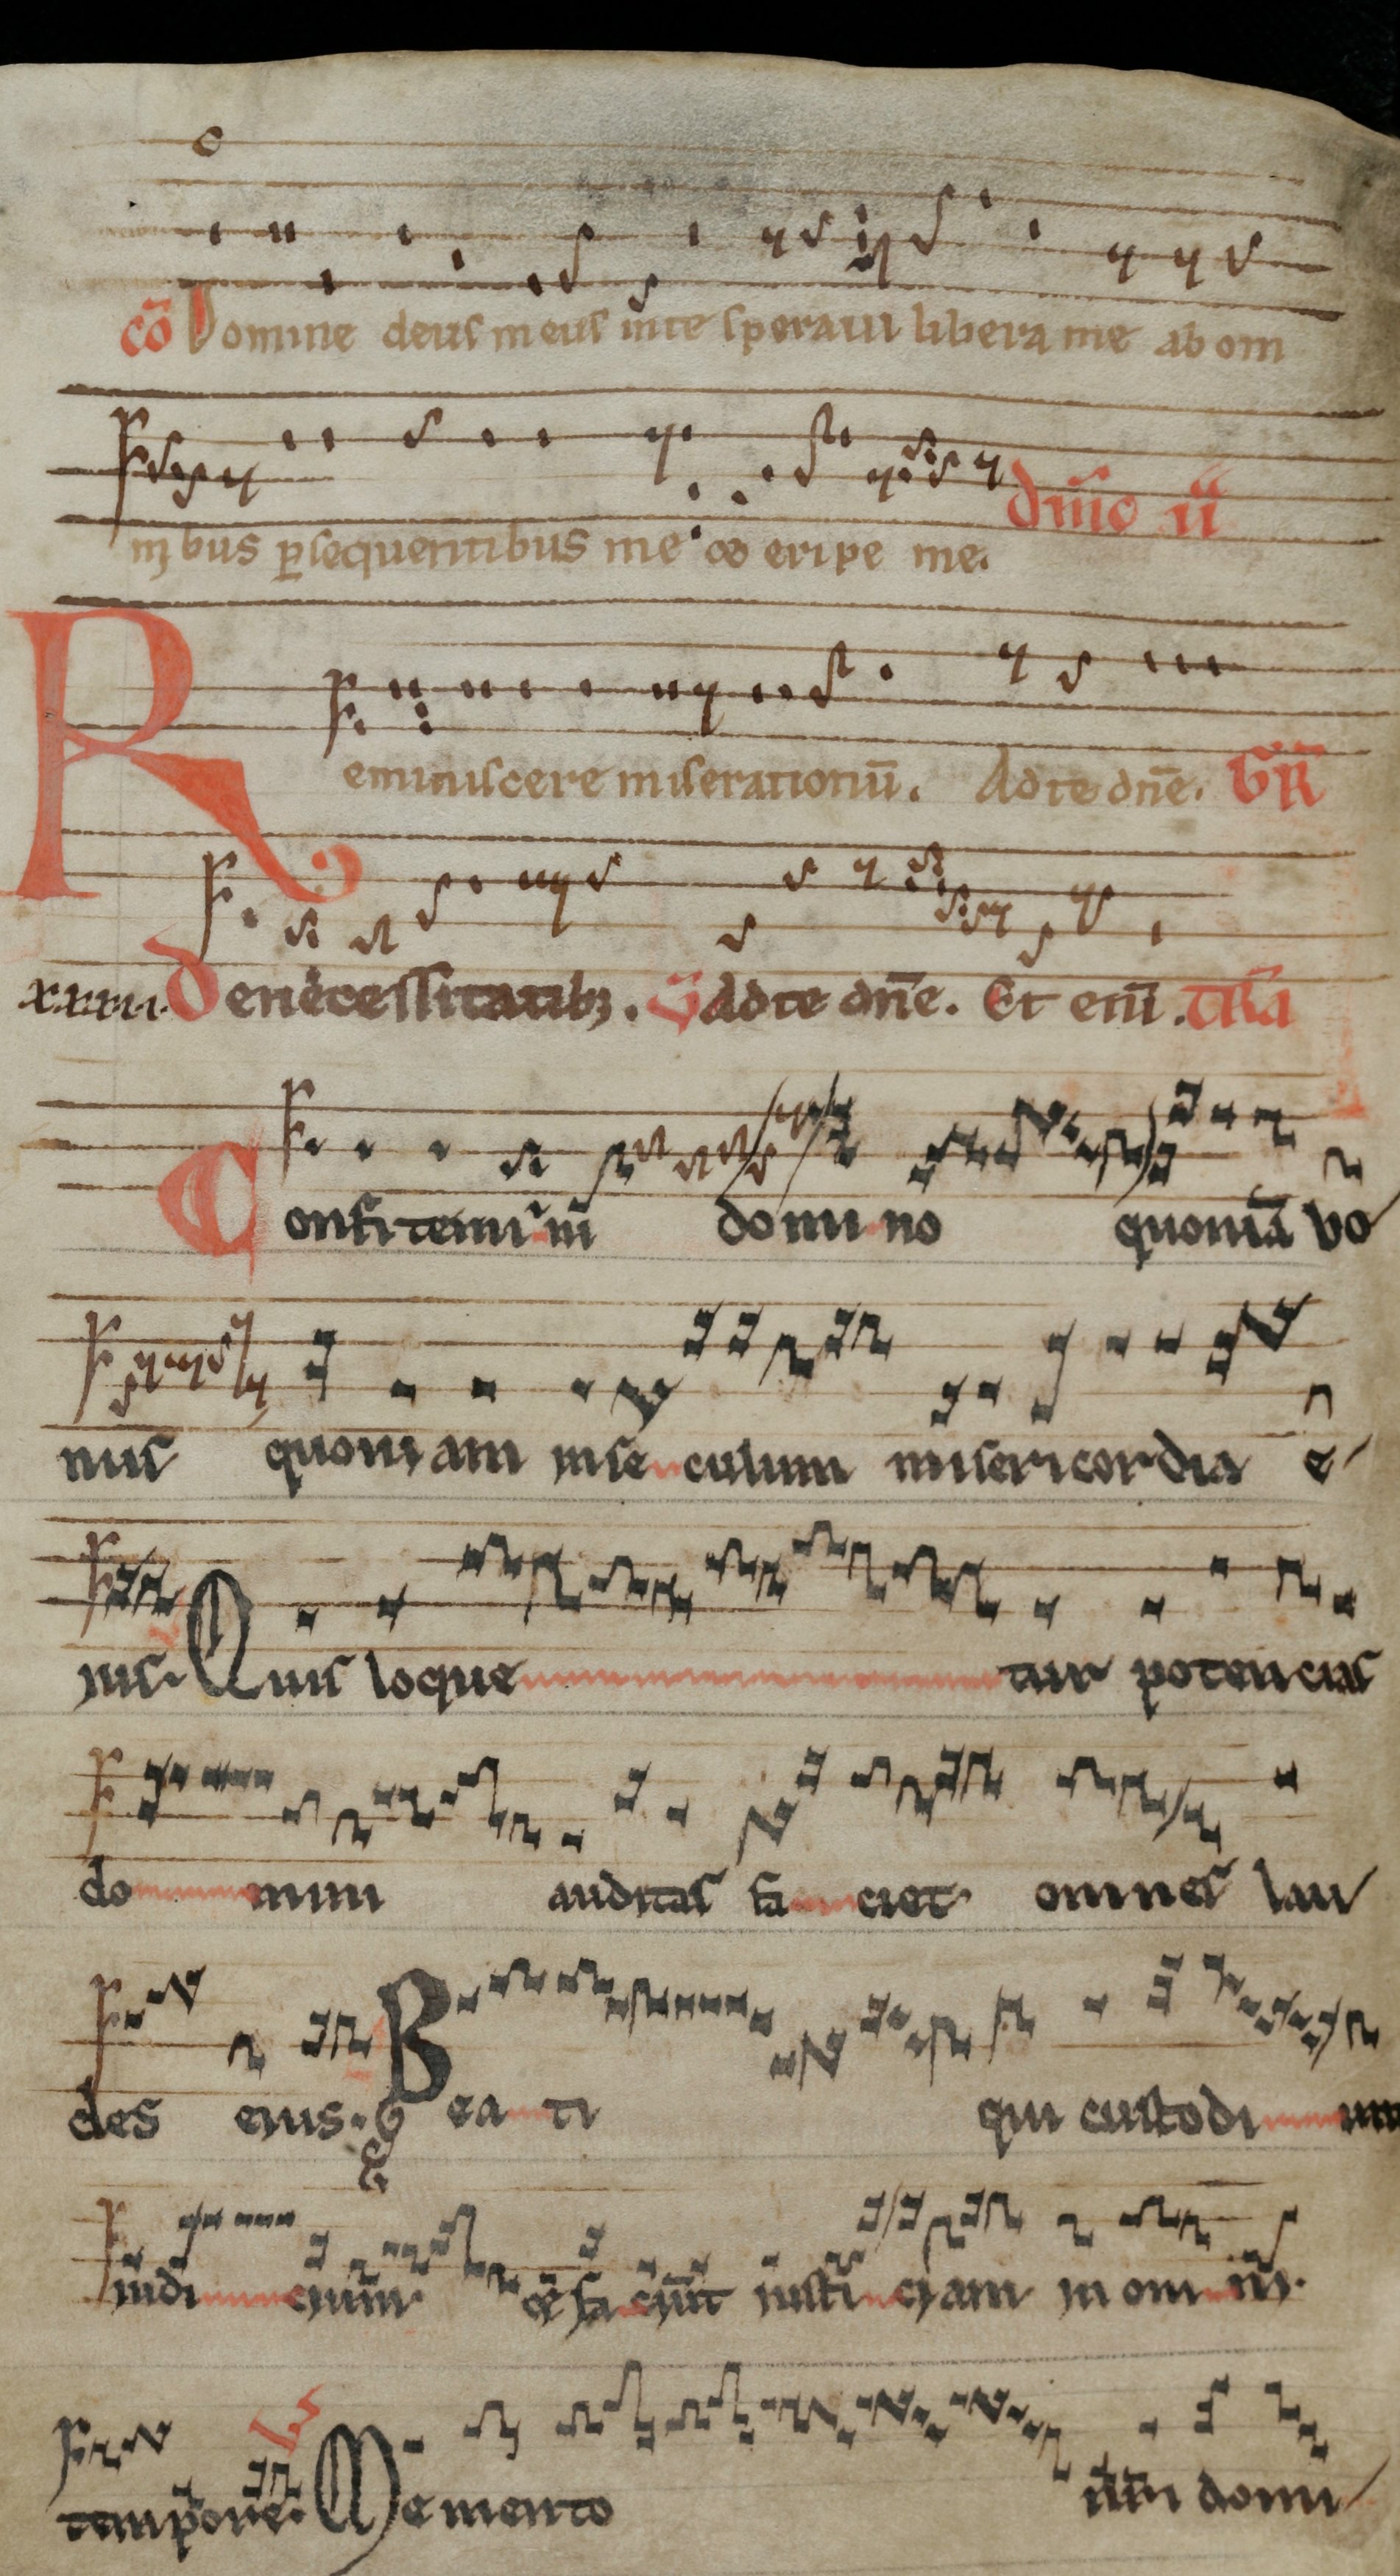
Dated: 1140–1170